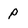
Character: p